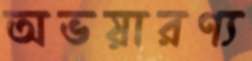
অভয়ারণ্য